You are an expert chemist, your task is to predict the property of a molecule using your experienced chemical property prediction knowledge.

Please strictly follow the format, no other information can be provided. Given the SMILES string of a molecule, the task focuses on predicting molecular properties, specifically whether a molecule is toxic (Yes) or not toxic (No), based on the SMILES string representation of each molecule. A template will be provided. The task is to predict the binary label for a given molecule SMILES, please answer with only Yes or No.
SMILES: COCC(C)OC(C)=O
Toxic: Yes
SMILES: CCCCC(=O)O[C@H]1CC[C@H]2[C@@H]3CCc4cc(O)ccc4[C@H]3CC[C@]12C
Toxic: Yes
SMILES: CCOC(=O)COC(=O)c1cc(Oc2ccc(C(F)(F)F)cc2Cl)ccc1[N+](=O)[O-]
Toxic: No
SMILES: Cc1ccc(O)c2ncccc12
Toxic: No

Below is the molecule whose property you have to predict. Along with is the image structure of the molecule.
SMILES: COc1ccccc1N1CCNCC1
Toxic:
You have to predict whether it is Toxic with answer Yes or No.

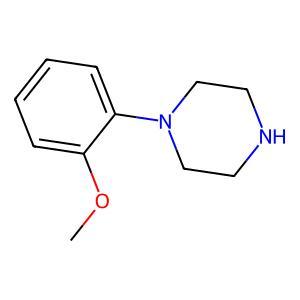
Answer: No